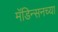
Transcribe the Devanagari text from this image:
मॅडिन्सनच्या